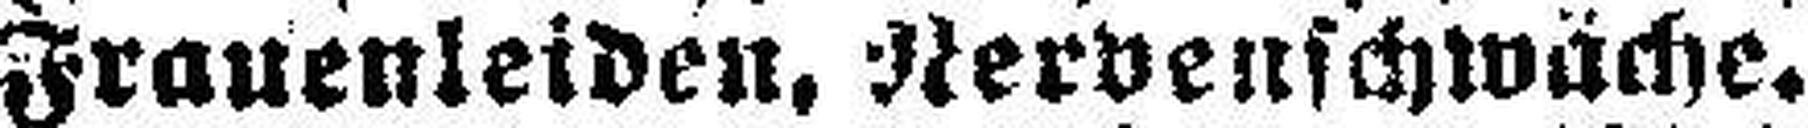
Frauenleiden, Nervenschwäche.